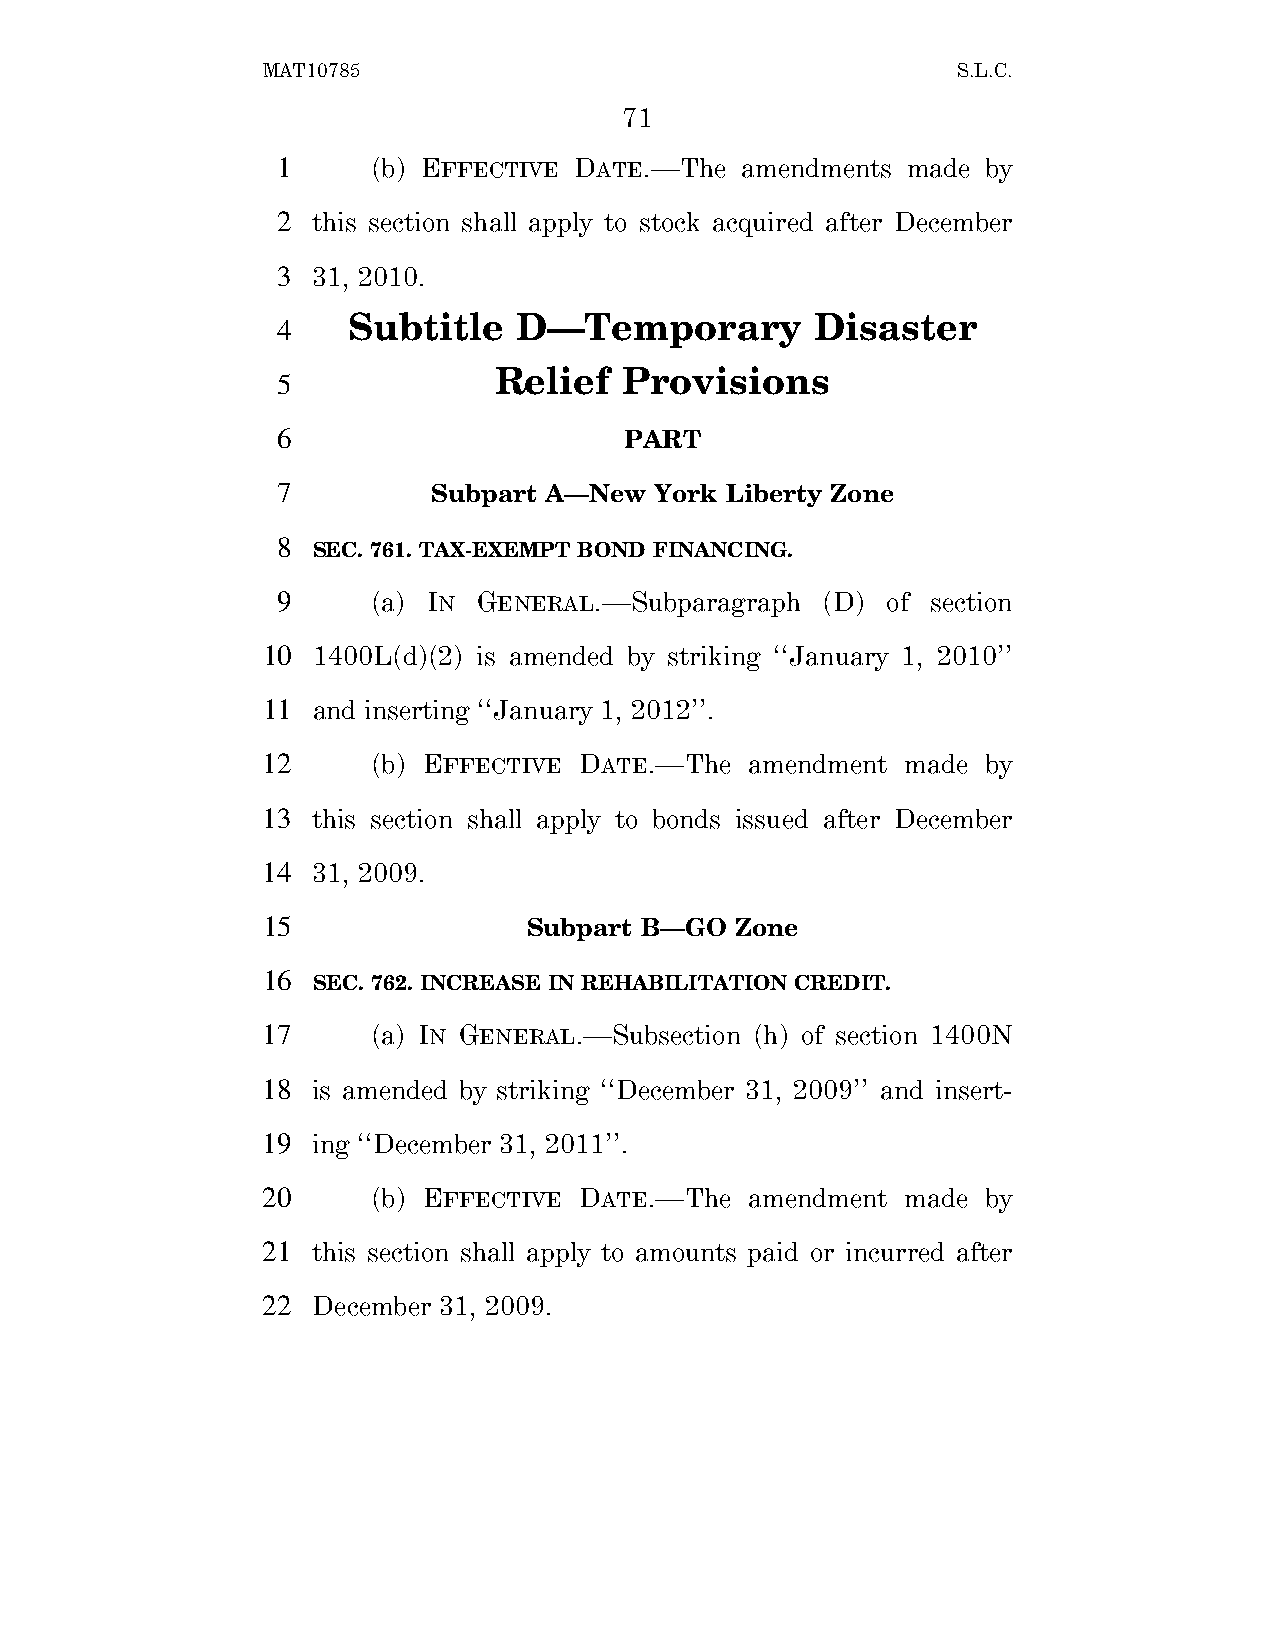
MAT10785                                      S.L.C.
 71
 1      (b) EFFECTIVE DATE.—The amendments made by
 2  this section shall apply to stock acquired after December
 3  31, 2010.
 Subtitle   D—Temporary         Disaster
 4
 Relief  Provisions
 5
 6                      PART
 7          Subpart A—New York Liberty Zone
 8
 SEC. 761. TAX-EXEMPT BOND FINANCING.
 9      (a) IN GENERAL.—Subparagraph (D)  of section
 10  1400L(d)(2) is amended by striking ‘‘January 1, 2010’’
 11  and inserting ‘‘January 1, 2012’’.
 12      (b) EFFECTIVE DATE.—The  amendment made by
 13  this section shall apply to bonds issued after December
 14  31, 2009.
 15                Subpart B—GO  Zone
 16
 SEC. 762. INCREASE IN REHABILITATION CREDIT.
 17      (a) IN GENERAL.—Subsection (h) of section 1400N
 18  is amended by striking ‘‘December 31, 2009’’ and insert-
 19  ing ‘‘December 31, 2011’’.
 20      (b) EFFECTIVE DATE.—The  amendment made by
 21  this section shall apply to amounts paid or incurred after
 22  December 31, 2009.